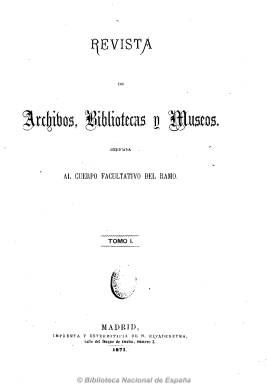
Título: Revista de archivos, bibliotecas y museos
Colección: Archivos, bibliotecas y museos
Ámbito geográfico: Madrid
Lugar de publicación: Madrid
Fechas: 31/01/1871-31/12/1979

La Revista de archivos, bibliotecas y museos ha sido considerada como el órgano más importante de expresión de la cultura española  a lo largo de casi su siglo de existencia, especialmente durante el último tercio del siglo XIX y primero del XX. Los autores del ingente material publicado en ella a lo largo de tan dilatado tiempo han sido los más eminentes profesores y catedráticos y los más reconocidos investigadores. Representa la aportación más valiosa a la ciencia humanística española llevada a cabo, principalmente, por el Cuerpo de Archiveros, Bibliotecarios y Arqueólogos, en su misión de dar a conocer cuanto les fue confiado a su custodia y cuidado desde mediados del siglo XIX, y constituye uno de los más preciados servicios prestados por un cuerpo facultativo en España, tal como quedó ya explicitado al cumplirse, en 1958, el primer centenario de creación de este Cuerpo.

Tras varios intentos, esta publicación nace en enero de 1871, cuando destacados miembros del entonces denominado Cuerpo de Archiveros, Bibliotecarios y Anticuarios y de la Escuela de Diplomática crean una Sociedad para editar una revista mensual como órgano y representación de los intereses “científicos y materiales” de los citados “ramos”, para informar de su vida y desarrollo, así como de los establecimientos donde prestan su servicio, pero también para promover y facilitar la actividad científica, principalmente la histórica y la de sus ciencias auxiliares, y la publicación del fruto de los trabajos de erudición e investigación histórica de quienes los integran.

Ya en la primera época empiezan a aparecer en la revista los primeros artículos doctrinales, que serán de gran utilidad para la formación de sucesivas generaciones de estudiosos y de facultativos, y dará a conocer valiosos documentos históricos, hasta entonces inéditos, inventarios de fondos de archivos, bibliotecas y museos, así como noticias breves y también cuantas cuestiones catalográficas y de normalización bibliográfica se sucedieron a lo largo de décadas, como de la presencia española en los primeros congresos internacionales de Bibliografía y Arqueología que se celebraron.

Como publicación también de carácter puramente profesional, ofrecerá las disposiciones oficiales relativas al Cuerpo y a la organización de bibliotecas, archivos y museos, incluyendo, en aquel Estado decimonónico, noticias sobre la “nueva e interesante institución” de las bibliotecas populares. Publica documentos y estudios históricos, noticias bibliográficas y sobre impresos, manuscritos y objetos arqueológicos e, incluso, sirve en su primera época como mercado para adquirir, vender o intercambiar a nivel privado este tipo de material, hoy integrante de lo que es el patrimonio histórico.

Antes de seguir con algunos otros someros detalles de esta longeva y valiosísima revista hay que dar cuenta de sus avatares cronológicos, pues tuvo hasta cinco épocas, así como de las publicaciones que en algún momento suplieron sus interrupciones de algunos años.

La primera época (1871-1878), consta de ocho volúmenes; la segunda (1883), del volumen noveno; la tercera (1897-1931), de 52 volúmenes; la cuarta (1947-1953), de siete, y la quinta y última época (1954-1980), hasta el volumen 83. Su periodicidad será variada a lo largo de los años: mensual, bimensual, trimestral, cuatrimestral y semestral. Su paginación también variará, de las 16 iniciales a superar ampliamente el medio millar en sus volúmenes extraordinarios o los últimos publicados.

Se ha considerado como la parte más valiosa de su primera época (1871-1878) las opiniones documentadas y los atinados juicios sobre vocablos de los documentos medievales o sobre arqueología, bibliografía, arte e historia que se incluyen en sus páginas. En la segunda época (1883) aparece ya como “órgano oficial” del Cuerpo y, aunque se siguen dando noticias sobre asuntos de personal, las secciones doctrinal e histórica son superiores ya a los de la primera etapa.

En 1897, colaboradores de las dos épocas anteriores harán reaparecer la revista bajo los auspicios del patronato de la Junta Facultativa, hasta su cierre temporal en 1931,  a causa de falta de medios económicos, se dirá. Desde los años “heroicos” en que empezó a publicarse, será esta tercera época la de mayor esplendor de la revista, siendo durante más de tres décadas casi la única y, desde luego, la más importante publicación periódica dedicada a las disciplinas históricas, documentales y arqueológicas. Entre sus colaboradores de esta edad de oro de la revista resaltan Amador de los Ríos, Barcia, Bonilla, González Palencia, Menéndez Pelayo, Menéndez Pidal o Vives.

Cuando aparezca de nuevo en 1947, se sumarán a la misma buena parte de los que habían colaborado en la anterior etapa y será editada bajo el Patronato de la Junta Técnica, pero ahora estará acompañada en el desarrollo de la investigación histórica y bibliográfica por las revistas del Consejo Superior de Investigaciones Científicas. Será la etapa más longeva de la publicación, superando el medio siglo de forma ininterrumpida las dos épocas en que se divide.

Como se ha anotado anteriormente, en los periodos en los que la revista no se publicó, son editadas otras publicaciones que suplen su vacío. En 1881 y 1882, salen a la luz dos volúmenes que llevan el título Anuario del Cuerpo Facultativo de Archiveros, Bibliotecarios y Anticuarios. A lo largo de 1896, son editados ocho números del titulado Boletín de archivos, bibliotecas y museos. Y, en 1934, aparecen tres volúmenes del Anuario del Cuerpo Facultativo de Archiveros, Bibliotecarios y Arqueólogos. Estos títulos, incluidos también en esta Hemeroteca Digital de la Biblioteca Nacional, guardan una estrecha relación y son considerados como complementarios de la revista, y son descritos en su correspondiente lugar.

Para la consulta de los innumerables materiales publicados en esta magna publicación periódica, hay que dar cuenta, asimismo, de los índices y catálogos de sus contenidos que fueron específicamente elaborados y publicados en varios momentos y que, asimismo, integran la colección digitalizada de la Revista, además de los que aparecen y son encuadernados al comienzo de cada uno de los tomos de sus primeras épocas o son incluidos al final de los tomos en las posteriores.

Así, en 1910, el facultativo Román Gómez Villafranca (1864-1929) publica el Catálogo de la Revista y el Boletín de archivos, bibliotecas y museos en sus tres épocas: (enero de 1871 – diciembre de 1910). Su autor va más allá de una mera refundición de los índices de los tomos publicados hasta entonces para preferir un catálogo ordenado bajo el sistema de la clasificación bibliográfica decimal, incluyendo las subdivisiones necesarias, según las específicas materias de la revista. Este Catálogo está colocado al comienzo de la colección digitalizada de la revista.

Tras considerarse atrasado el valiosísimo Catálogo de Villafranca de 1910 y con motivo de la celebración del primer centenario del Cuerpo, en 1959 se publica el Índice de la Revista de archivos, bibliotecas y museos, 1871-1957, con un apéndice correspondiente a 1958, año este en el que es publicado un número extraordinario dedicado al mencionado centenario (tomo 65). En lugar de ser utilizado el sistema de Clasificación Decimal de su predecesor, este Índice (tomo 66) adopta la forma de Catálogo-Diccionario, al considerarse el sistema que más partidarios cuenta y el que mayores facilidades ofrece para su manejo (autores, títulos y materias), aunque las dificultades se den en la redacción de los encabezamientos de materias, utilizándose para tal empresa las Reglas (1939) de Lasso de la Vega y Goicoechea y la Lista (1949) de Earl Sears, adaptándolas al caso y experiencia españolas. En total se redactan 22.000 fichas, de las que 6.059 son principales (autor y entidad) y las restantes complementarias (coautores, títulos y materias). Incluye, cuando así es posible, las fechas de nacimiento y óbito de los autores de los trabajos publicados. Este titánico esfuerzo de referencia es como “el mejor altavoz” de la labor realizada por la revista, de la valía de sus colaboradores, casi todos facultativos del Cuerpo, quienes “desinteresadamente contribuyeron con sus trabajos a enaltecer su función y a dar a conocer al mundo la riqueza histórica, bibliográfica y artística de nuestro país”, se señala al comienzo de este índice, colocado, al igual que el Catálogo predecesor, al principio de la colección digitalizada de la Revista.

Por último, en 1986, será impreso el Índice 1958-1979, correspondiente a los tomos 64 al 82 y redactado por Rodríguez Jouliá de Saint-Cyr, completando así los últimos veinte años de esta centenaria revista decana de las científicas españolas. Recoge, por tanto, lo publicado en los tres volúmenes de 1958, que había aparecido como apéndice del anterior índice, y consta de unas 4.000 fichas confeccionadas según el sistema de Catálogo-Diccionario, pero con algunas características propias. El Índice de Rodríguez Jouliá -seriado como volumen 83 y año 1980 y último de la colección-, ha sido colocado como primer volumen del año 1958 de esta colección digitalizada de la Revista de archivos, bibliotecas y museos.

Sobre los integrantes y trabajos eruditos y científicos de este Cuerpo Facultativo, véase la obra publicada por Agustín Ruiz Cabriada en 1858.